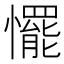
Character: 𢤛